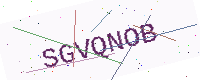
Text: SGVQNOB